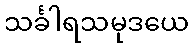
သင်္ခါရသမုဒယေ